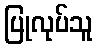
ပြုလုပ်သူ